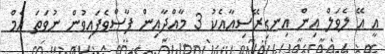
އީ އޭ ލެވަލް އިން އިނގިރޭސިއާއެކު 3 މާއްދާއިން ފާސްވެފައިވުން ނުވަތަ އެމް